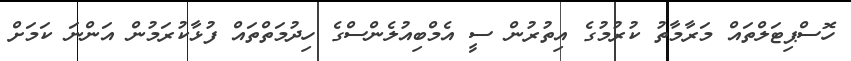
ހޮސްޕިޓަލްތައް މަރާމާތު ކުރުމުގެ އިތުރުން ސީ އެމްބިއުލެންސްގެ ހިދުމަތްތައް ފުޅާކުރަމުން އަންނަ ކަމަށް